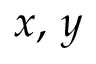
x , \, y